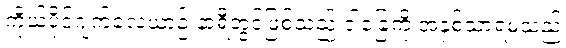
ကိုယ်ပိုင်ဂျက်လေယာဉ် နာရီတွင်ဖြစ်သည် ငါ့ခြေကို အနှစ်သာရမဲ့သည့်